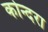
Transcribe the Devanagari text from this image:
कोन्दरा